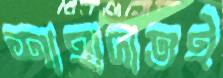
শাহাদাতই